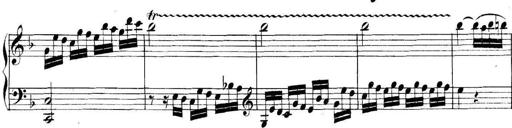
Title: Collected Piano Sonatas
Composer: Muzio Clementi